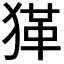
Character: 𤠇